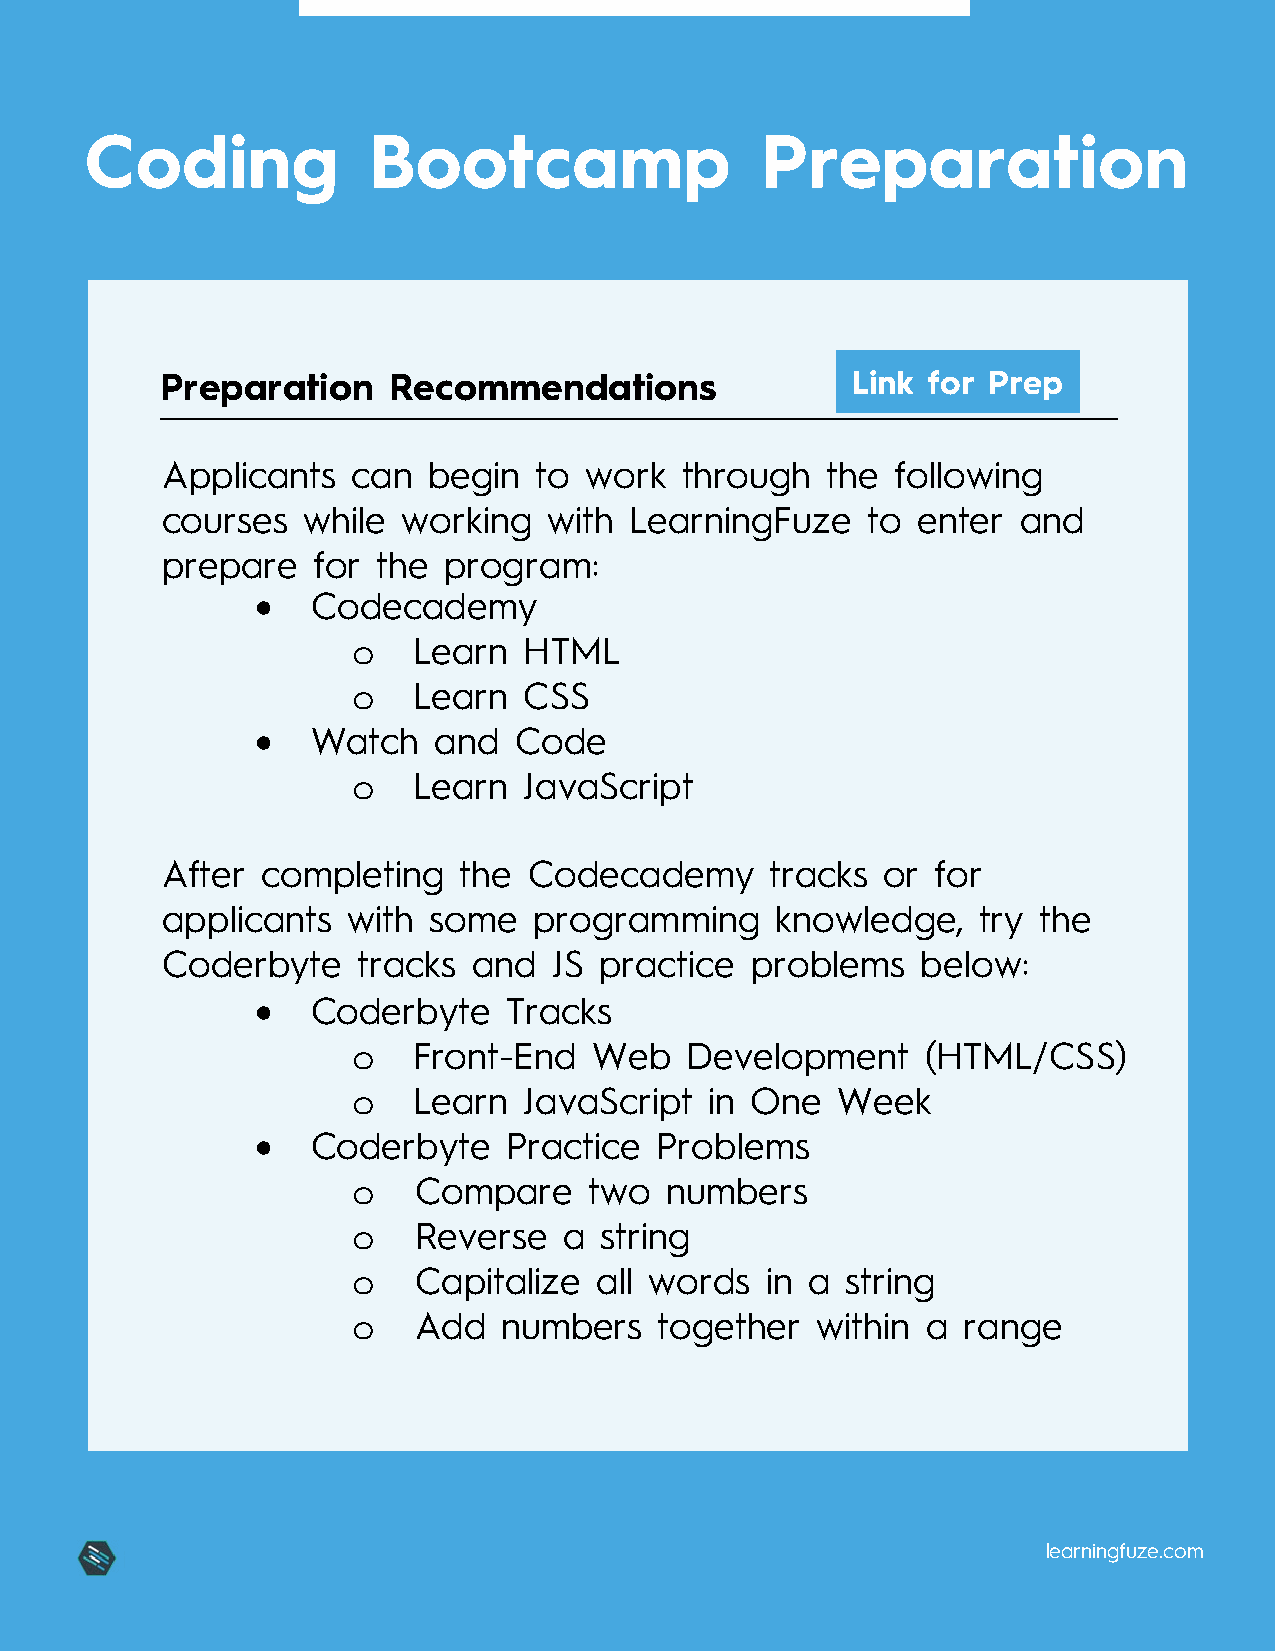
Coding            Bootcamp                  Preparation
 Preparation    Recommendations               Link for Prep
 Applicants  can  begin   to work  through   the following
 courses  while  working  with  LearningFuze   to  enter  and
 prepare   for the program:
 •   Codecademy
 o   Learn   HTML
 o   Learn   CSS
 •   Watch   and  Code
 o   Learn   JavaScript
 After completing   the  Codecademy      tracks  or for
 applicants  with some   programming     knowledge,    try the
 Coderbyte    tracks and   JS practice  problems   below:
 •   Coderbyte    Tracks
 o   Front-End   Web   Development     (HTML/CSS)
 o   Learn   JavaScript  in One  Week
 •   Coderbyte    Practice Problems
 o   Compare     two  numbers
 o   Reverse   a  string
 o   Capitalize  all words   in a string
 o   Add   numbers    together  within a  range
 learningfuze.com